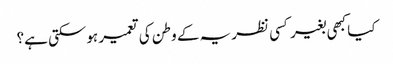
کیا کبھی بغیر کسی نظریہ کے وطن کی تعمیر ہوسکتی ہے؟